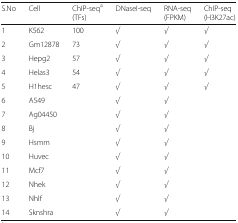
| S.No | Cell | ChIP-seqa(TFs) | DNaseI-seq | RNA-seq (FPKM) | ChIP-seq (H3K27ac) |
 | --- | --- | --- | --- | --- | --- |
 | 1 | K562 | 100 | √ | √ | √ |
 | 2 | Gm12878 | 73 | √ | √ | √ |
 | 3 | Hepg2 | 57 | √ | √ | √ |
 | 4 | Helas3 | 54 | √ | √ | √ |
 | 5 | H1hesc | 47 | √ | √ | √ |
 | 6 | A549 |  | √ | √ |  |
 | 7 | Ag04450 |  | √ | √ |  |
 | 8 | Bj |  | √ | √ |  |
 | 9 | Hsmm |  | √ | √ |  |
 | 10 | Huvec |  | √ | √ |  |
 | 11 | Mcf7 |  | √ | √ |  |
 | 12 | Nhek |  | √ | √ |  |
 | 13 | Nhlf |  | √ | √ |  |
 | 14 | Sknshra |  | √ | √ |  |